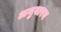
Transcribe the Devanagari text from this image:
अनुवारन